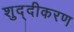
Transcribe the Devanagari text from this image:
शुद्दीकरण